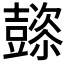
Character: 𲂠